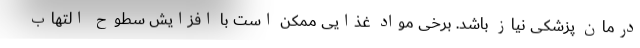
درمان پزشکی نیاز باشد. برخی مواد غذایی ممکن است با افزایش سطوح التهاب